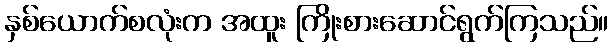
နှစ်ယောက်စလုံးက အထူး ကြိုးစားဆောင်ရွက်ကြသည်။